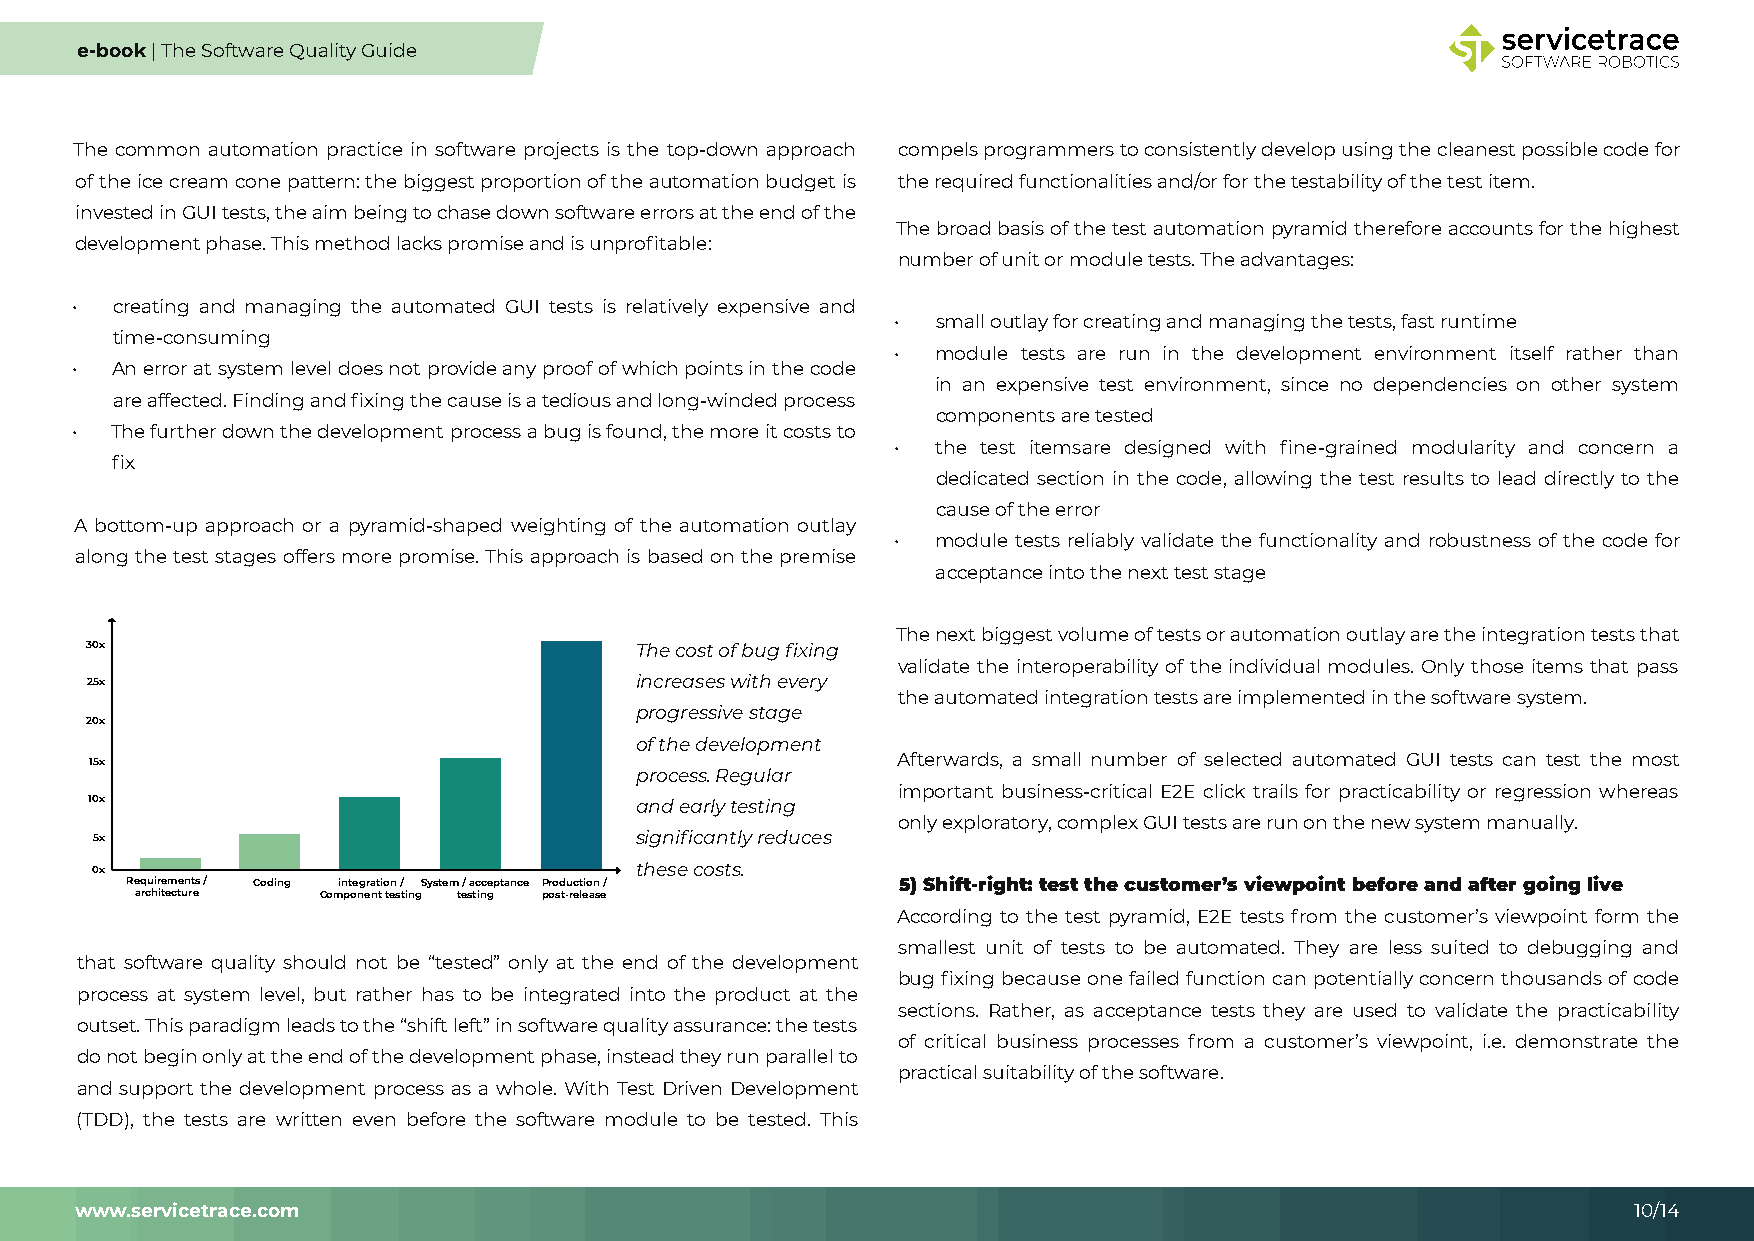
e-book | The Software Quality Guide
 The common automation practice in software projects is the top-down approach compels programmers to consistently develop using the cleanest possible code for
 of the ice cream cone pattern: the biggest proportion of the automation budget is the required functionalities and/or for the testability of the test item.
 invested in GUI tests, the aim being to chase down software errors at the end of the
 The broad basis of the test automation pyramid therefore accounts for the highest
 development phase. This method lacks promise and is unprofitable:
 number of unit or module tests. The advantages:
 • creating and managing the automated GUI tests is relatively expensive and
 •  small outlay for creating and managing the tests, fast runtime
 time-consuming
 •  module tests are run in the development environment itself rather than
 • An error at system level does not provide any proof of which points in the code
 in an expensive test environment, since no dependencies on other system
 are affected. Finding and fixing the cause is a tedious and long-winded process
 components are tested
 • The further down the development process a bug is found, the more it costs to
 •  the test itemsare designed with fine-grained modularity and concern a
 fix
 dedicated section in the code, allowing the test results to lead directly to the
 cause of the error
 A bottom-up approach or a pyramid-shaped weighting of the automation outlay
 •  module tests reliably validate the functionality and robustness of the code for
 along the test stages offers more promise. This approach is based on the premise
 acceptance into the next test stage
 The next biggest volume of tests or automation outlay are the integration tests that
 30x                                 The cost of bug fixing
 validate the interoperability of the individual modules. Only those items that pass
 25x                                 increases with every
 the automated integration tests are implemented in the software system.
 progressive stage
 20x
 of the development
 15x                                                  Afterwards, a small number of selected automated GUI tests can test the most
 process. Regular
 important business-critical E2E click trails for practicability or regression whereas
 10x                                 and early testing
 only exploratory, complex GUI tests are run on the new system manually.
 5x                                  significantly reduces
 0x                                  these costs.
 Requirements / Coding integration / System / acceptance Production / 5) Shift-right: test the customer’s viewpoint before and after going live
 architecture Component testing testing post-release
 According to the test pyramid, E2E tests from the customer’s viewpoint form the
 smallest unit of tests to be automated. They are less suited to debugging and
 that software quality should not be “tested” only at the end of the development
 bug fixing because one failed function can potentially concern thousands of code
 process at system level, but rather has to be integrated into the product at the
 sections. Rather, as acceptance tests they are used to validate the practicability
 outset. This paradigm leads to the “shift left” in software quality assurance: the tests
 of critical business processes from a customer’s viewpoint, i.e. demonstrate the
 do not begin only at the end of the development phase, instead they run parallel to
 practical suitability of the software.
 and support the development process as a whole. With Test Driven Development
 (TDD), the tests are written even before the software module to be tested. This
 www.servicetrace.com                                                                                   10/14